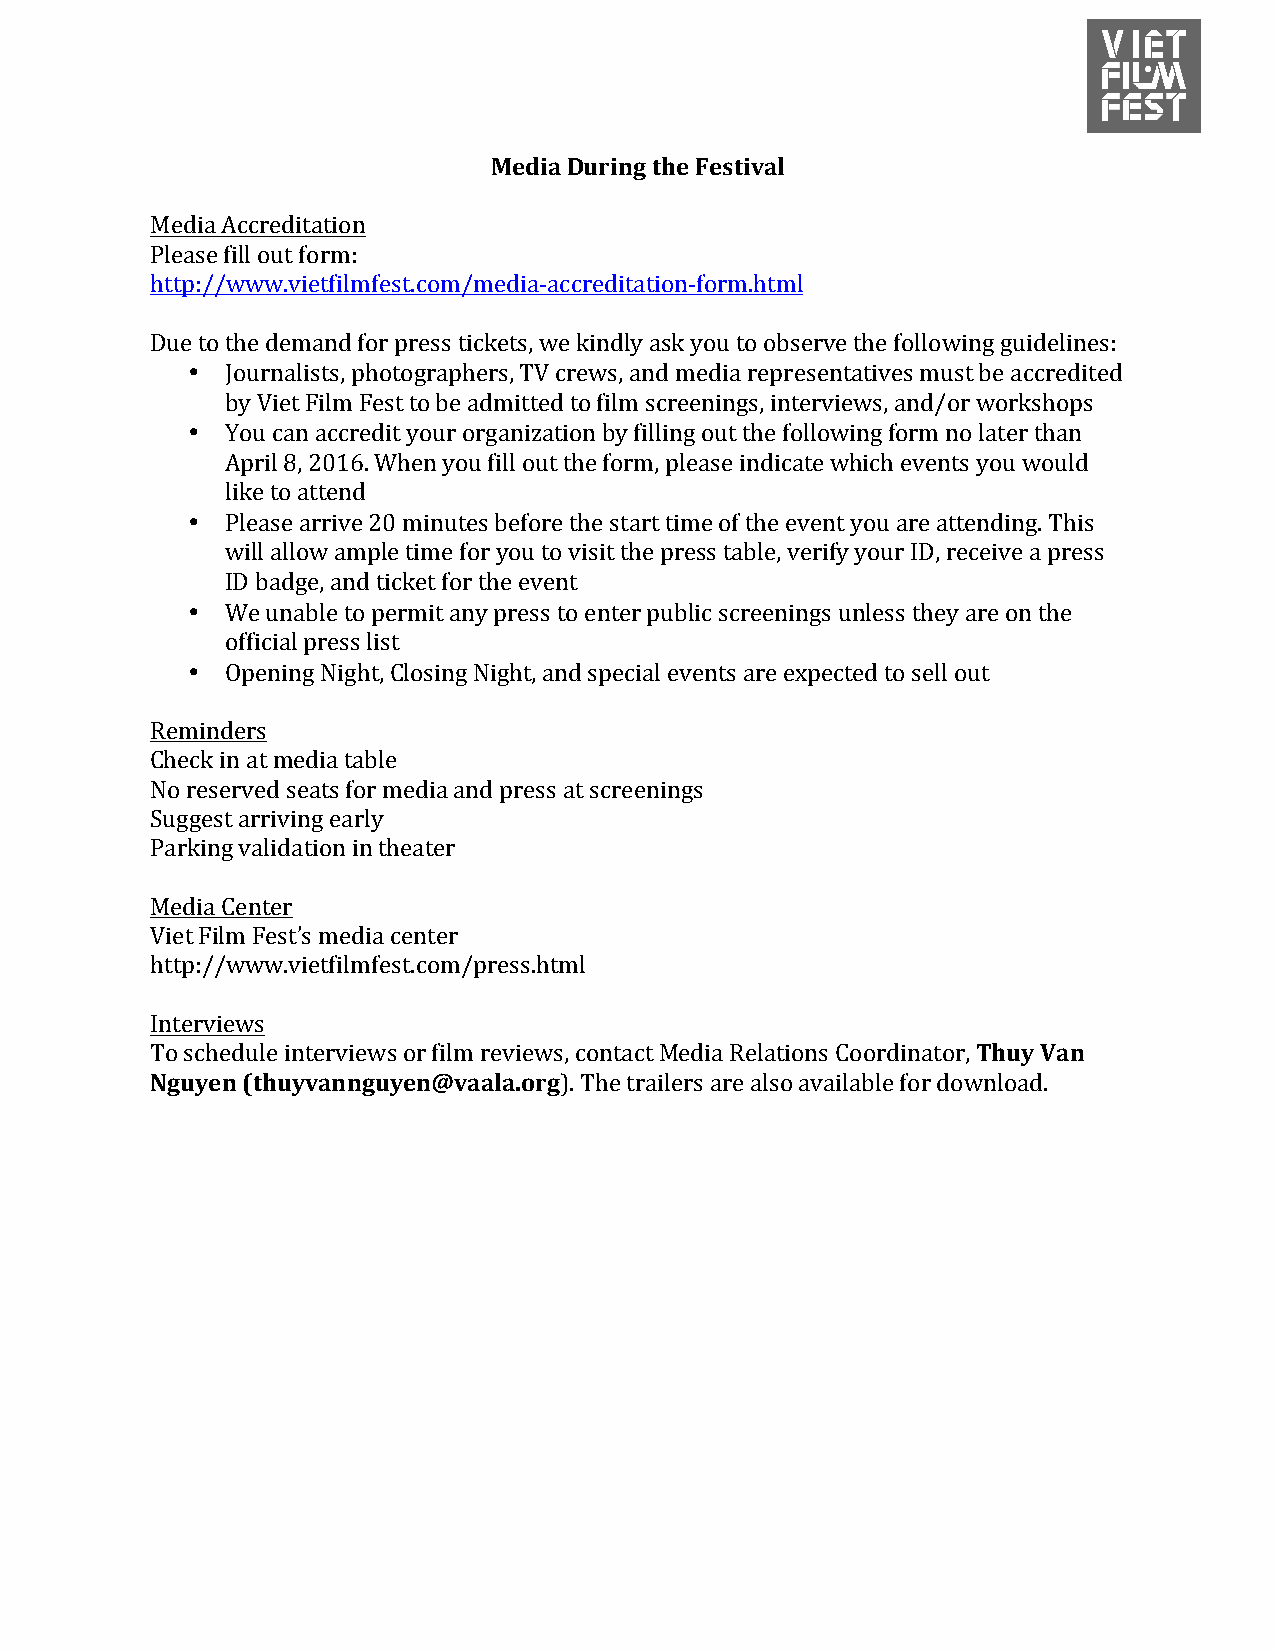
Media During the Festival
 Media Accreditation
 Please fill out form:
 http://www.vietfilmfest.com/media-accreditation-form.html
 Due to the demand for press tickets, we kindly ask you to observe the following guidelines:
 •  Journalists, photographers, TV crews, and media representatives must be accredited
 by Viet Film Fest to be admitted to film screenings, interviews, and/or workshops
 •  You can accredit your organization by filling out the following form no later than
 April 8, 2016. When you fill out the form, please indicate which events you would
 like to attend
 •  Please arrive 20 minutes before the start time of the event you are attending. This
 will allow ample time for you to visit the press table, verify your ID, receive a press
 ID badge, and ticket for the event
 •  We unable to permit any press to enter public screenings unless they are on the
 official press list
 •  Opening Night, Closing Night, and special events are expected to sell out
 Reminders
 Check in at media table
 No reserved seats for media and press at screenings
 Suggest arriving early
 Parking validation in theater
 Media Center
 Viet Film Fest’s media center
 http://www.vietfilmfest.com/press.html
 Interviews
 To schedule interviews or film reviews, contact Media Relations Coordinator, Thuy Van
 Nguyen (thuyvannguyen@vaala.org). The trailers are also available for download.